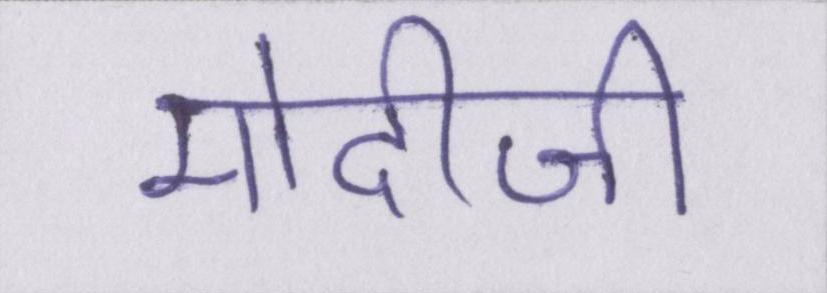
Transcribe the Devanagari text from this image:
मोदीजी